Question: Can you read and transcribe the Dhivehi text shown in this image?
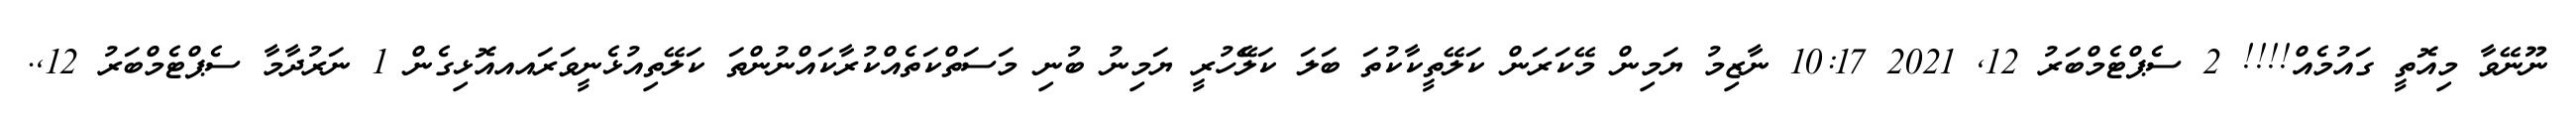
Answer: ނޫނޭވާ މިއޮތީ ގައުމެއް!!!! 2 ސެޕްޓެމްބަރު 12, 2021 10:17 ނާޒިމު ޔަމިން މޭކަރަން ކަލޭތީކާކުތަ ބަލަ ކަލެޭހުރީ ޔަމިނު ބުނި މަސަތްކަތެއްކުރާކައްނުންތަ ކަލޭތިއުޅެނީވަރައއއޮޅިގެން 1 ނަރުދާމާ ސެޕްޓެމްބަރު 12,.